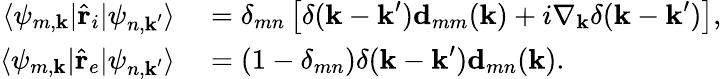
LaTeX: \begin{array}{rl}{\langle\psi_{m,\textbf{k}}|\hat{\textbf{r}}_{i}|\psi_{n,\textbf{k}^{\prime}}\rangle}&{{}=\delta_{mn}\left[\delta(\textbf{k}-\textbf{k}^{\prime})\textbf{d}_{mm}({\textbf{k}})+i\nabla_{\textbf{k}}\delta(\textbf{k}-\textbf{k}^{\prime})\right],}\\ {\langle\psi_{m,\textbf{k}}|\hat{\textbf{r}}_{e}|\psi_{n,\textbf{k}^{\prime}}\rangle}&{{}=\left(1-\delta_{mn}\right)\delta(\textbf{k}-\textbf{k}^{\prime})\textbf{d}_{mn}({\textbf{k}}).}\end{array}